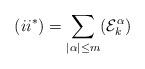
LaTeX: \begin{align*} (ii^*) = \sum_{|\alpha|\leq m}(\mathcal{E}_k^{\alpha})\end{align*}